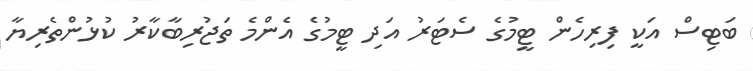
ބަޓިސް އަކީ ފިރިހެން ޓީމުގެ ސެޓަރު އަދި ޓީމުގެ އެންމެ ތަޖުރިބާކާރު ކުޅުންތެރިޔާ